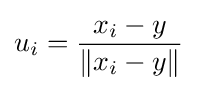
u_{i}={\frac {x_{i}-y}{\left\|x_{i}-y\right\|}}